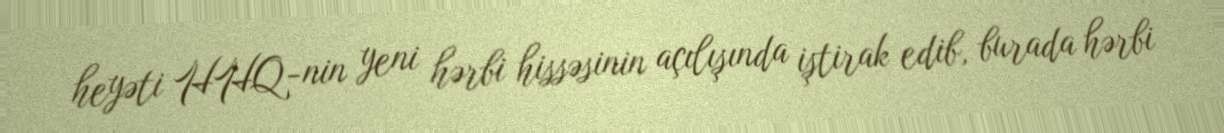
heyəti HHQ-nin yeni hərbi hissəsinin açılışında iştirak edib, burada hərbi